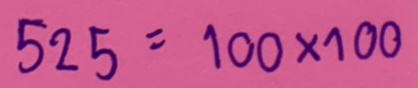
525 = 100 x 100